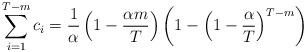
LaTeX: \begin{align*}\sum_{i=1}^{T-m} c_i &= \frac{1}{\alpha}\left(1-\frac{\alpha m}{T} \right)\left(1-\left(1-\frac{\alpha}{T}\right)^{T-m}\right)\end{align*}